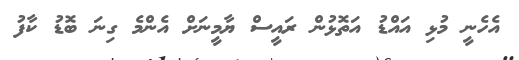
އެހެނީ މުޅި އައްޑު އަތޮޅުން ރައީސް ޔާމީނަށް އެންމެ ގިނަ ބޮޑު ކާފު